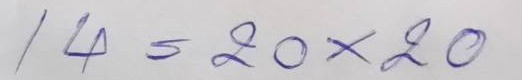
14 = 20 x 20